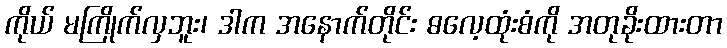
ကိုယ် မကြိုက်လှဘူး၊ ဒါက အနောက်တိုင်း ဓလေ့ထုံးစံကို အတုခိုးထားတာ